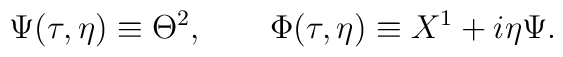
\Psi(\tau,\eta)\equiv\Theta^2,\qquad \Phi(\tau,\eta)\equiv X^1+i\eta\Psi.